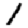
Digit: 1